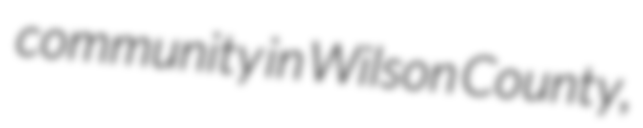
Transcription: community in Wilson County,